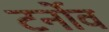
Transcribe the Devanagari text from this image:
टर्नोव